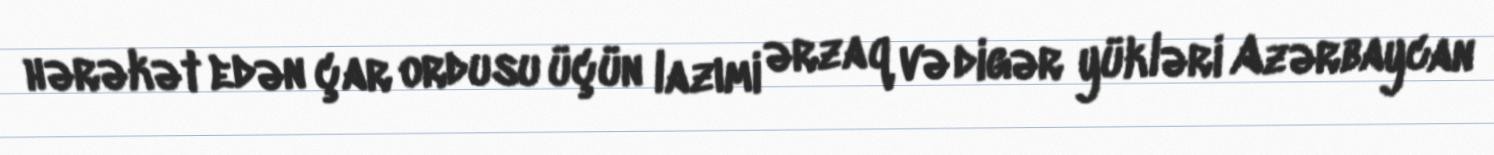
hərəkət edən çar ordusu üçün lazımi ərzaq və digər yükləri Azərbaycan